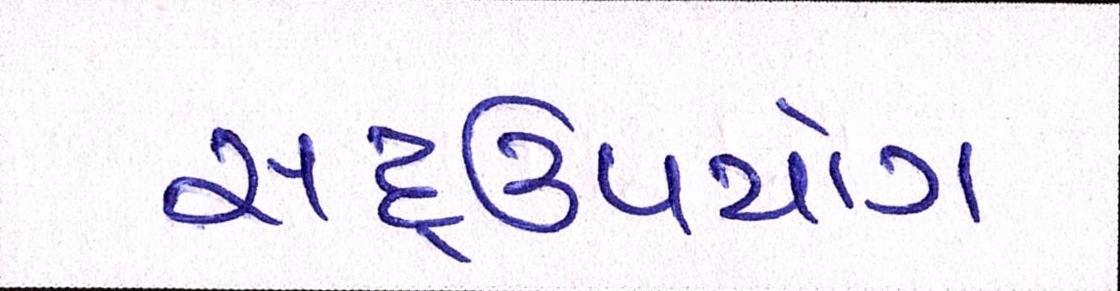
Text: સદ્ઉપયોગ